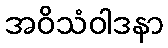
အဝိသံဝါဒနာ